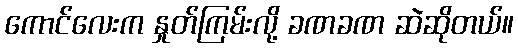
ကောင်လေးက နှုတ်ကြမ်းလို့ ခဏခဏ ဆဲဆိုတယ်။